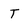
Character: T